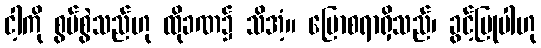
ငါ့ကို စွပ်စွဲသည်ဟု ထိုခဏ၌ သိအံ့။ ပြောစရာရှိသည်၊ ခွင့်ပြုပါဟု